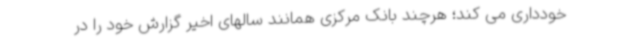
خودداری می کند؛ هرچند بانک مرکزی همانند سالهای اخیر گزارش خود را در